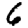
Digit: 6